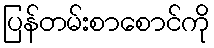
ပြန်တမ်းစာစောင်ကို